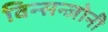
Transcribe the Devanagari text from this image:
विन्सन्जोनी